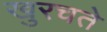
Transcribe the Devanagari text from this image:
खुरचते